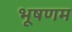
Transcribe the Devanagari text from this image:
भूषणम